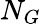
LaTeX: N_{G}